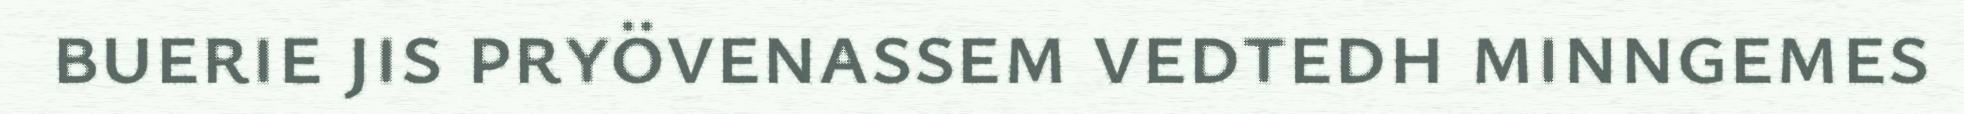
buerie jis pryövenassem vedtedh minngemes